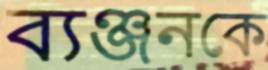
ব্যঞ্জনকে